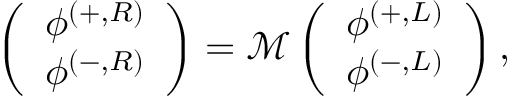
\begin{array} { r } { \left( \begin{array} { c } { \phi ^ { ( + , R ) } } \\ { \phi ^ { ( - , R ) } } \end{array} \right) = \mathcal { M } \left( \begin{array} { c } { \phi ^ { ( + , L ) } } \\ { \phi ^ { ( - , L ) } } \end{array} \right) , } \end{array}